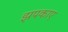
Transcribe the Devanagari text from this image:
झपकाए